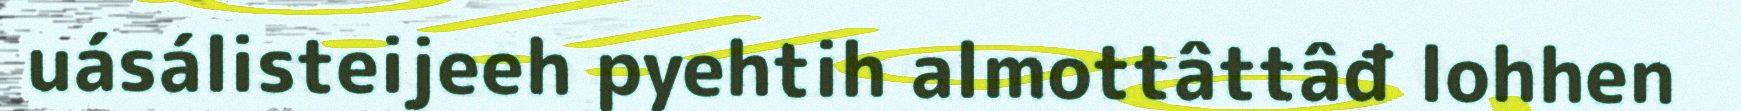
uásálisteijeeh pyehtih almottâttâđ lohhen